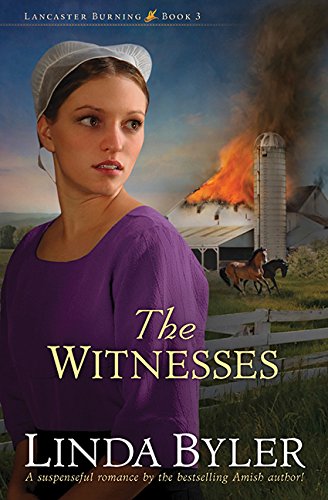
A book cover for The Witnesses (Lancaster Burning); Linda Byler; Romance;